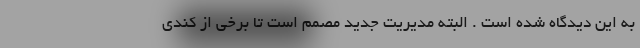
به این دیدگاه شده است . البته مدیریت جدید مصمم است تا برخی از کندی